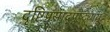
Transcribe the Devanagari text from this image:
दृष्टिप्रसाद्पुष्ट्यायुः